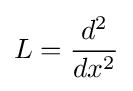
L={\frac {d^{2}}{dx^{2}}}